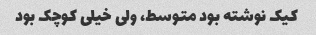
کیک نوشته بود متوسط، ولی خیلی کوچک بود